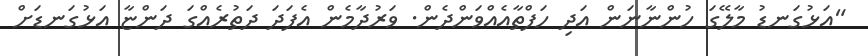
"އަޅުގަނޑު މާލޭގަ ހުންނާނަން އަދި ހަފްތާއެއްވަންދެން. ވަރުދާމެން އެފަދަ ދަތުރެއްގަ ދަންޏާ އަޅުގަނޑަށް